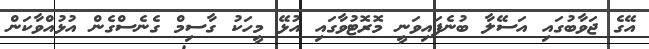
އޭގެ ޖަވާބުގައި އަސޭލާ ބުނެފައިވަނީ މޮރޮޓުވާގައި އުޅޭ މީހަކު ގާސިމް ގެނެސްގެން އުޅުއްވާކަން